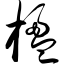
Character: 楹